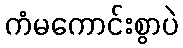
ကံမကောင်းစွာပဲ